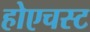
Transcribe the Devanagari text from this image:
होएचस्ट